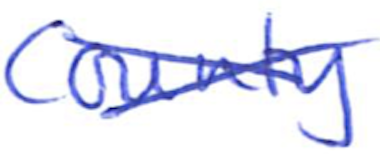
Text: County
Cross-out: cross
Writing tool: ballpoint